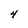
Character: 4